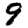
Digit: 9